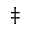
^ \ddagger